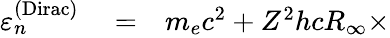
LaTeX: \begin{array}{rlr}{\varepsilon_{n}^{\mathrm{(Dirac)}}}&{{}=}&{m_{e}c^{2}+Z^{2}hcR_{\infty}\times}\end{array}